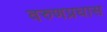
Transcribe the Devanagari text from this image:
वरुणप्रघास